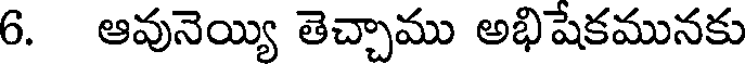
6. ఆవునెయ్యి తెచ్చాము అభిషేకమునకు